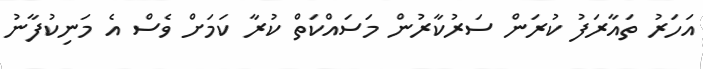
އަހަރު ތައާރަފު ކުރަން ސަރުކާރުން މަސައްކަތް ކުރާ ކަމަށް ވެސް އެ މަނިކުފާނު